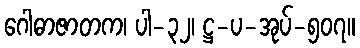
ဂေါဓာဇာတက၊ ပါ-၃၂၊ ဋ္ဌ-ပ-အုပ်-၅၀၇။